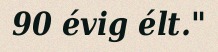
90 évig élt."